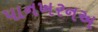
પાનખરનઅ